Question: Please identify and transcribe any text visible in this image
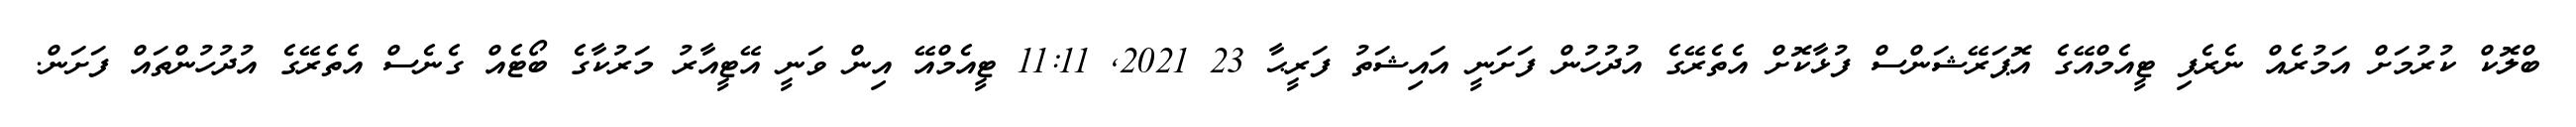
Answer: ބްލޮކް ކުރުމަށް އަމުރެއް ނެރެފި ޓީއެމްއޭގެ އޮޕަރޭޝަންސް ފުޅާކޮށް އެތެރޭގެ އުދުހުން ފަށަނީ އައިޝަތު ފަރީޙާ 23 2021, 11:11 ޓީއެމްއޭ އިން ވަނީ އޭޓީއާރު މަރުކާގެ ބޯޓެއް ގެނެސް އެތެރޭގެ އުދުހުންތައް ފަށަން.